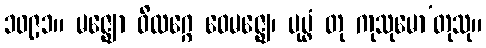
၁၀၉၁။ မဇ္ဈော ဝိလဂ္ဂေ ဝေမဇ္ဈေ၊ ပုပ္ဖံ တု ကုသုမော’တုသု။